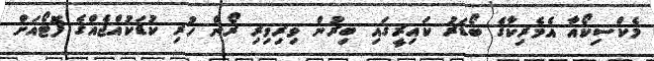
މެކްސިކޯއާ އެމެރިކާގެ ބޯޑަރު ކައިރީގައި ބިރުން ވިރިވިރި ރޯން ހުރި ކުޑަކުއްޖެއްގެ ފޮޓޯއަށް